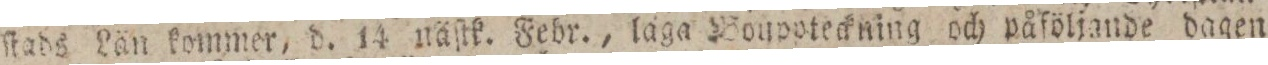
ſtads Län kommer, d. 14 näſtk. Febr., laga Boupoteckning och påföljande dagen